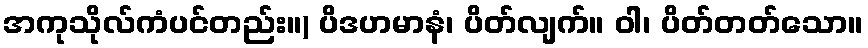
အကုသိုလ်ကံပင်တည်း။) ပိဒဟမာနံ၊ ပိတ်လျက်။ ဝါ၊ ပိတ်တတ်သော။